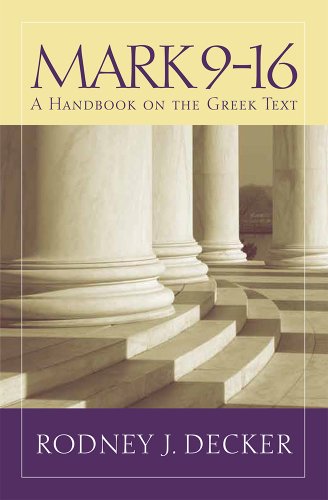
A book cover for Mark 9-16: A Handbook on the Greek Text (Baylor Handbook on the Greek New Testament); Rodney Decker; Christian Books & Bibles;